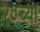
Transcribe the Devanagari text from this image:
२०च्या